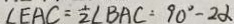
\angle E A C = \frac { 1 } { 2 } \angle B A C = 9 0 ^ { \circ } - 2 \alpha